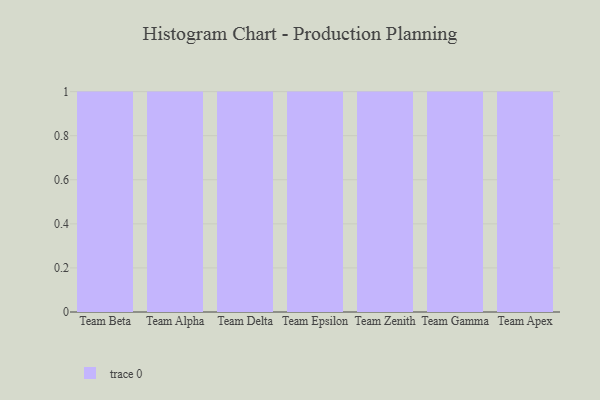
{"axis": {"x": "Team", "y": "Gross Profit (USD K)"}, "legend": [""], "data": [{"x": "Team Beta", "y": 25, "type": ""}, {"x": "Team Alpha", "y": 40, "type": ""}, {"x": "Team Delta", "y": 46, "type": ""}, {"x": "Team Epsilon", "y": 100, "type": ""}, {"x": "Team Zenith", "y": 45, "type": ""}, {"x": "Team Gamma", "y": 57, "type": ""}, {"x": "Team Apex", "y": 77, "type": ""}]}